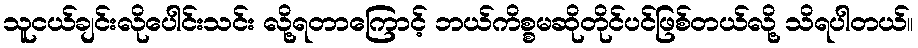
သူငယ်ချင်းလိုပေါင်းသင်း လို့ရတာကြောင့် ဘယ်ကိစ္စမဆိုတိုင်ပင်ဖြစ်တယ်လို့ သိရပါတယ်။